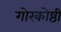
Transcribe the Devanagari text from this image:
गोरकोष्ठी